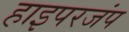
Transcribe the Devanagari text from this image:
हाइपरजंप